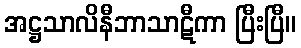
အဋ္ဌသာလိနီဘာသာဋီကာ ပြီးပြီ။